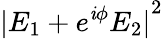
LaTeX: {|E_{1}+e^{\mathit{i}\phi}E_{2}|}^{2}